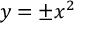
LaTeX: y = \pm x ^ { 2 }